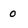
Character: o